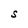
Character: S